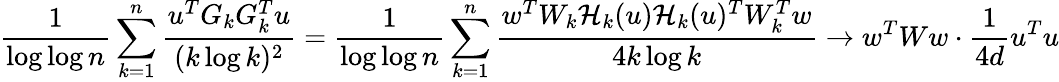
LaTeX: \frac{1}{\log\log n}\sum_{k=1}^{n}\frac{u^{T}G_{k}G_{k}^{T}u}{(k\log k)^{2}}=\frac{1}{\log\log n}\sum_{k=1}^{n}\frac{w^{T}W_{k}\mathcal{H}_{k}(u)\mathcal{H}_{k}(u)^{T}W_{k}^{T}w}{4k\log k}\to w^{T}Ww\cdot\frac{1}{4d}u^{T}u